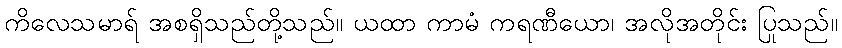
ကိလေသမာရ် အစရှိသည်တို့သည်။ ယထာ ကာမံ ကရဏီယော၊ အလိုအတိုင်း ပြုသည်။